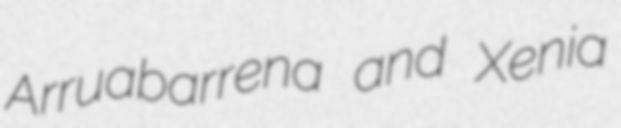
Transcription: Arruabarrena and Xenia